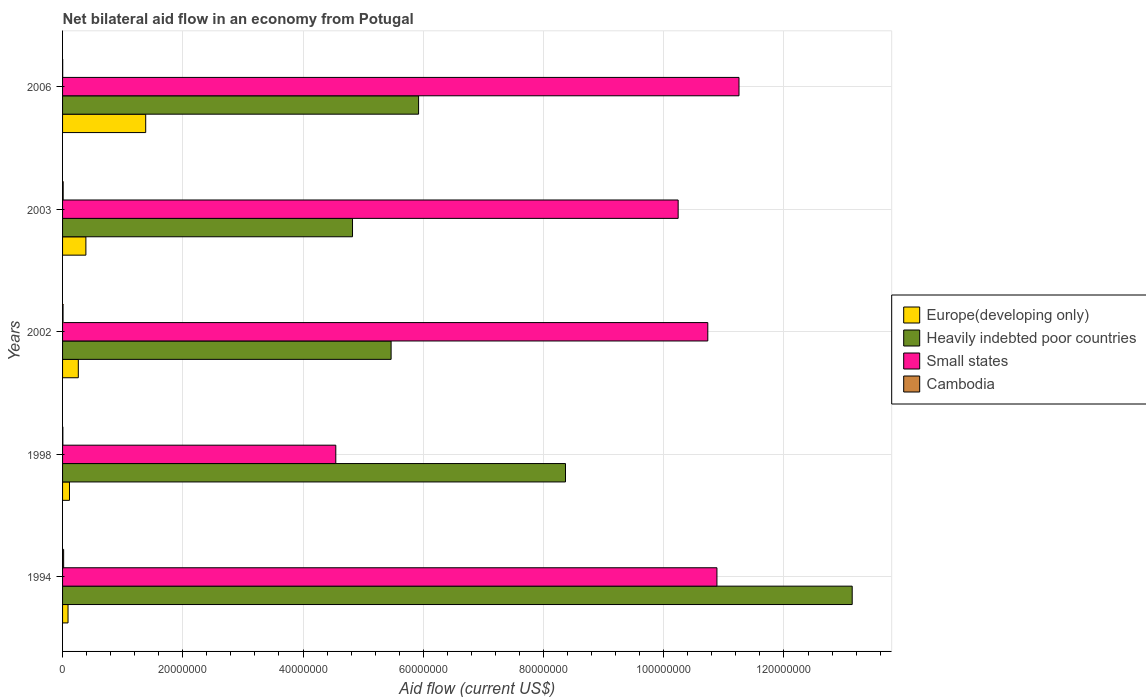
| Years | Europe(developing only) | Heavily indebted poor countries | Small states | Cambodia |
 | --- | --- | --- | --- | --- |
 | 1994 | 9.1e+05 | 1.31e+08 | 1.09e+08 | 1.8e+05 |
 | 1998 | 1.15e+06 | 8.37e+07 | 4.54e+07 | 5e+04 |
 | 2002 | 2.62e+06 | 5.46e+07 | 1.07e+08 | 8e+04 |
 | 2003 | 3.88e+06 | 4.82e+07 | 1.02e+08 | 1e+05 |
 | 2006 | 1.38e+07 | 5.92e+07 | 1.13e+08 | 2e+04 |